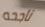
ناجحه